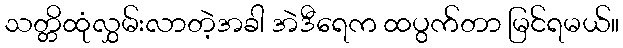
သတ္တိထုံလွှမ်းလာတဲ့အခါ အဲဒီရေက ထပွက်တာ မြင်ရမယ်။